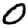
Digit: 0